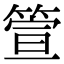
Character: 箮